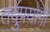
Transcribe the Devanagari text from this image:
तदुपयोगी